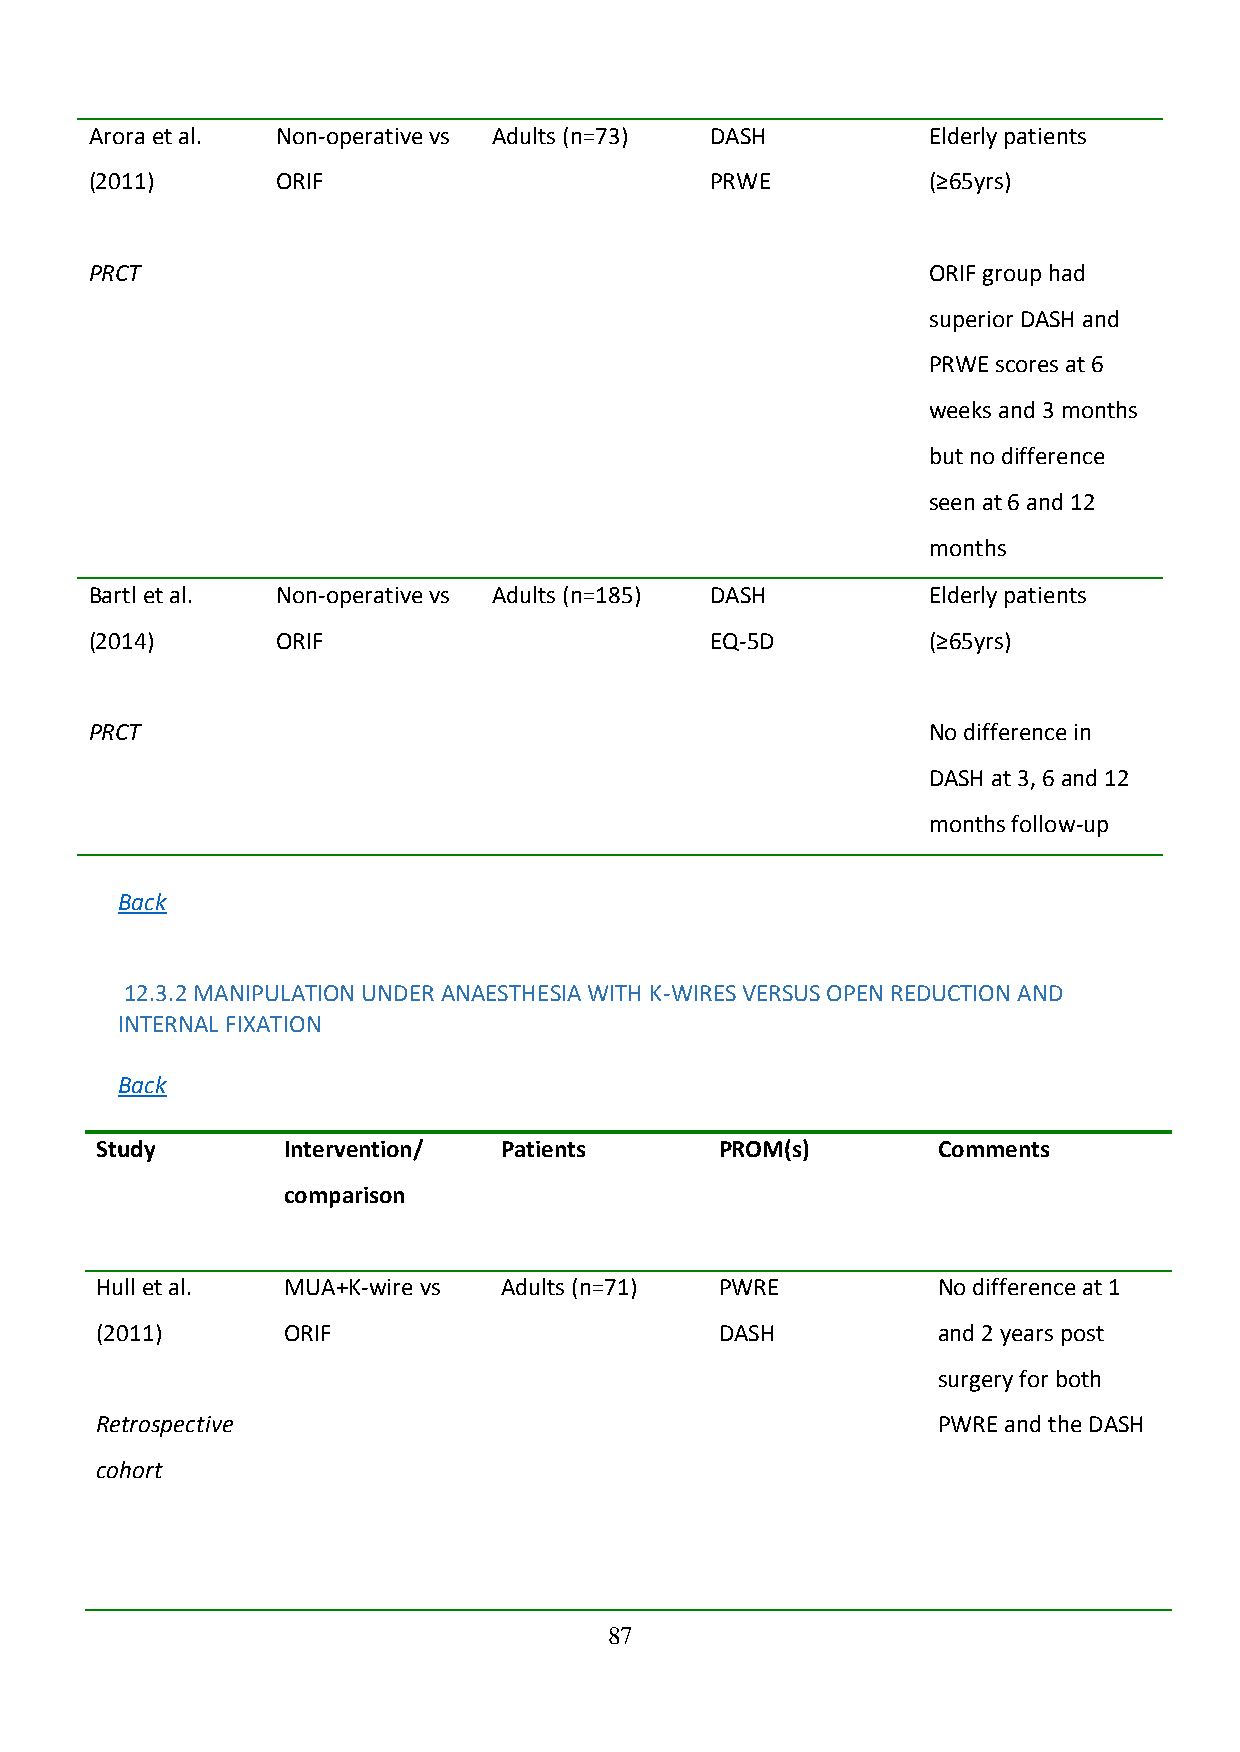
Arora et al. Non-operative vs Adults (n=73) DASH       Elderly patients
 (2011)      ORIF                         PRWE          (≥65yrs)
 PRCT                                                   ORIF group had
 superior DASH and
 PRWE scores at 6
 weeks and 3 months
 but no difference
 seen at 6 and 12
 months
 Bartl et al. Non-operative vs Adults (n=185) DASH      Elderly patients
 (2014)      ORIF                         EQ-5D         (≥65yrs)
 PRCT                                                   No difference in
 DASH at 3, 6 and 12
 months follow-up
 Back
 12.3.2 MANIPULATION UNDER ANAESTHESIA WITH K-WIRES VERSUS OPEN REDUCTION AND
 INTERNAL FIXATION
 Back
 Study        Intervention/ Patients       PROM(s)       Comments
 comparison
 Hull et al.  MUA+K-wire vs Adults (n=71)  PWRE          No difference at 1
 (2011)       ORIF                         DASH          and 2 years post
 surgery for both
 Retrospective                                           PWRE and the DASH
 cohort
 87